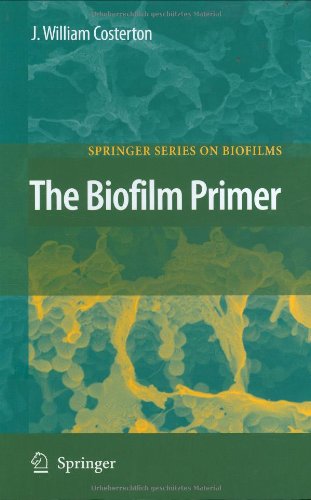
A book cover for The Biofilm Primer (Springer Series on Biofilms); J. William Costerton; Medical Books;